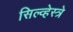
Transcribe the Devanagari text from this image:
सिल्व्हेस्त्रे